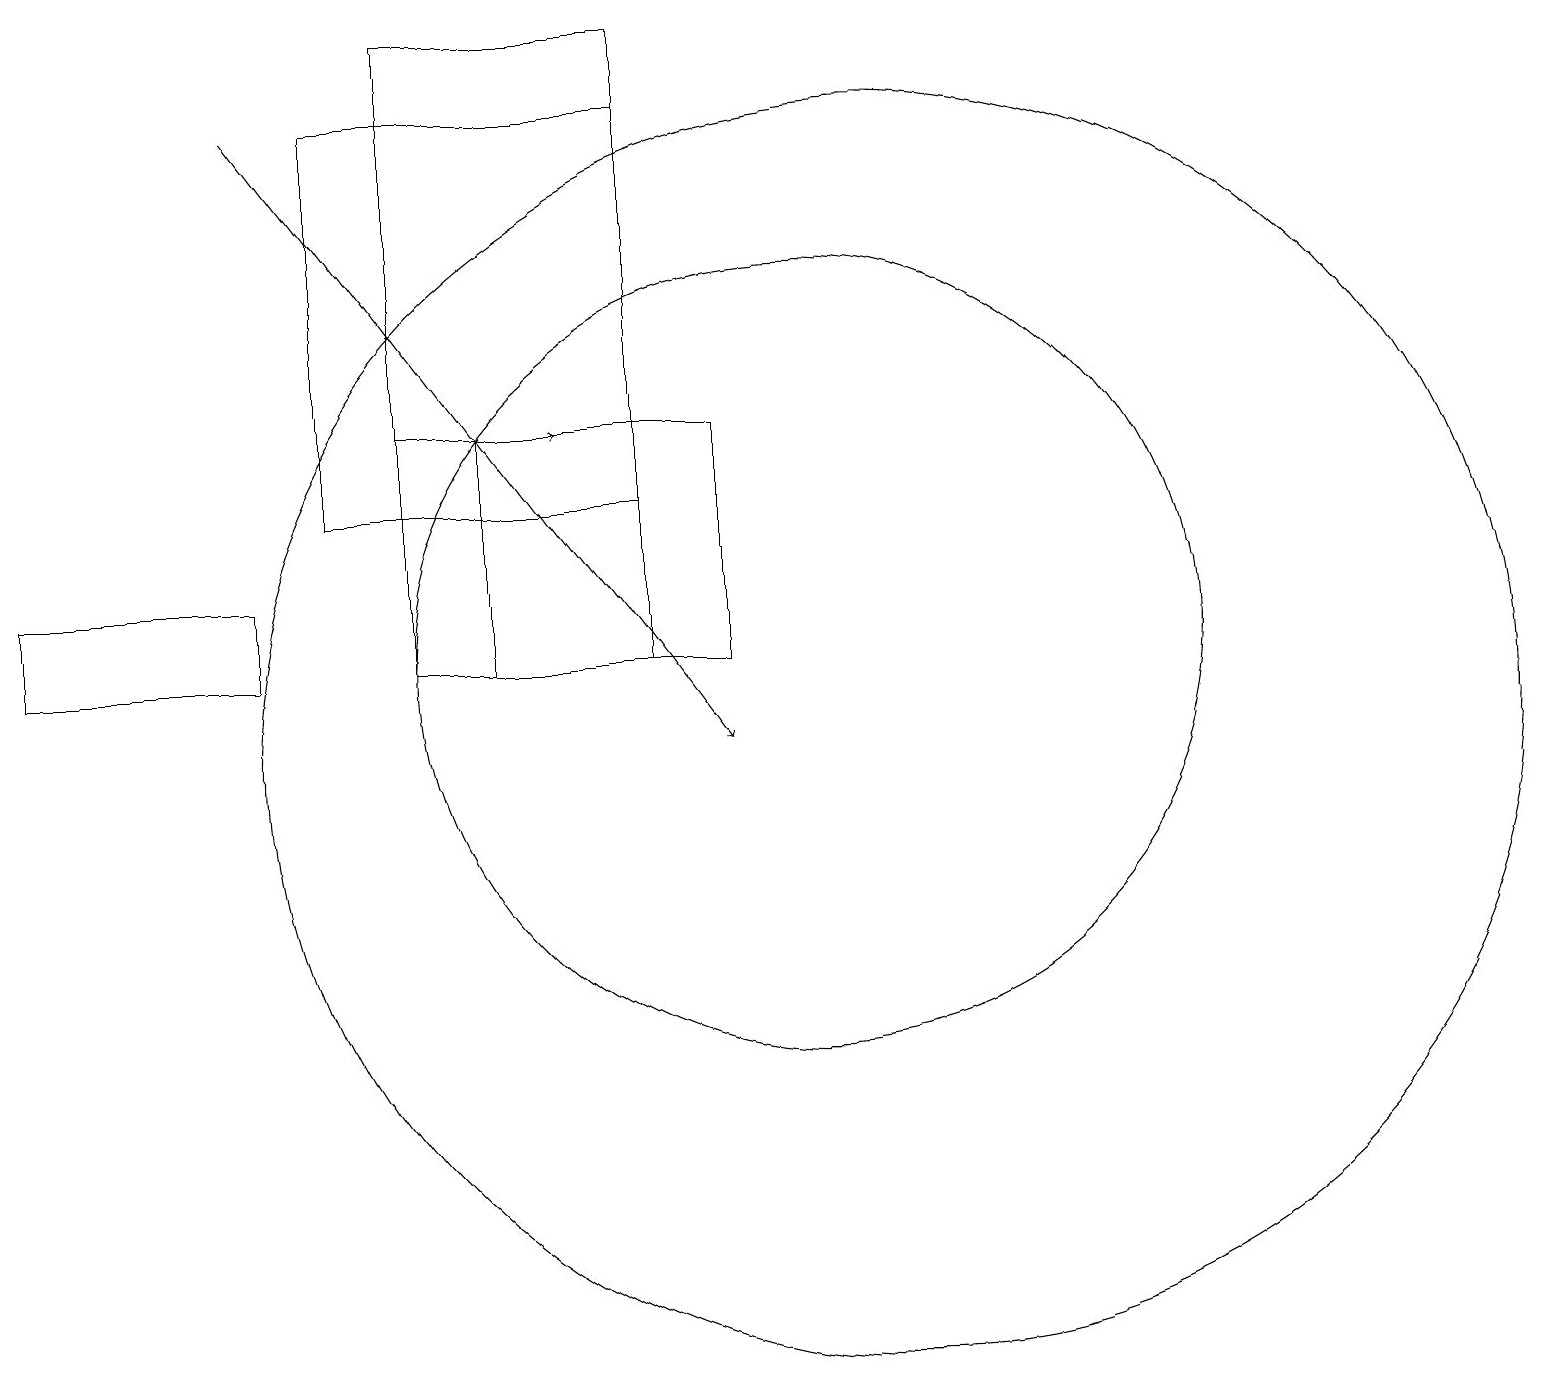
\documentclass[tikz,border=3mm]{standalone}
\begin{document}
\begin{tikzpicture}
\draw (5,11) rectangle (8,19);
\draw (3,11) rectangle (0,12);
\draw (9,11) rectangle (6,14);
\draw[->] (5,14) -- (7,14);
\draw[->] (3,18) -- (9,10);
\draw (10,11) circle (5);
\draw (11,10) circle (8);
\draw (4,18) rectangle (8,13);
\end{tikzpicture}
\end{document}